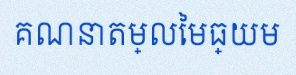
គណនាតម្លៃមធ្យម